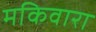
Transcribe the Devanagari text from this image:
मकिवारा